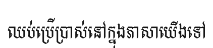
ឈប់ប្រើប្រាស់នៅក្នុងភាសាយើងទៅ